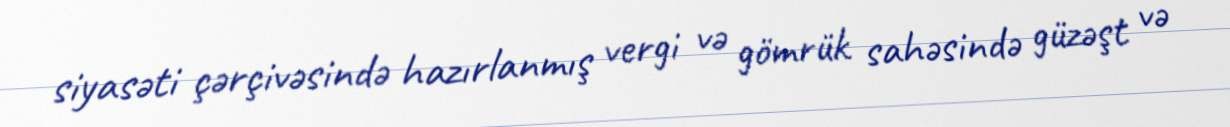
siyasəti çərçivəsində hazırlanmış vergi və gömrük sahəsində güzəşt və